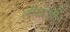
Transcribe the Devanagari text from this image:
लीळांची